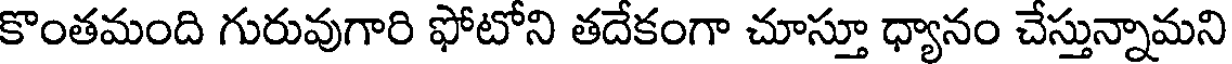
కొంతమంది గురువుగారి ఫోటోని తదేకంగా చూస్తూ ధ్యానం చేస్తున్నామని